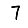
Digit: 7